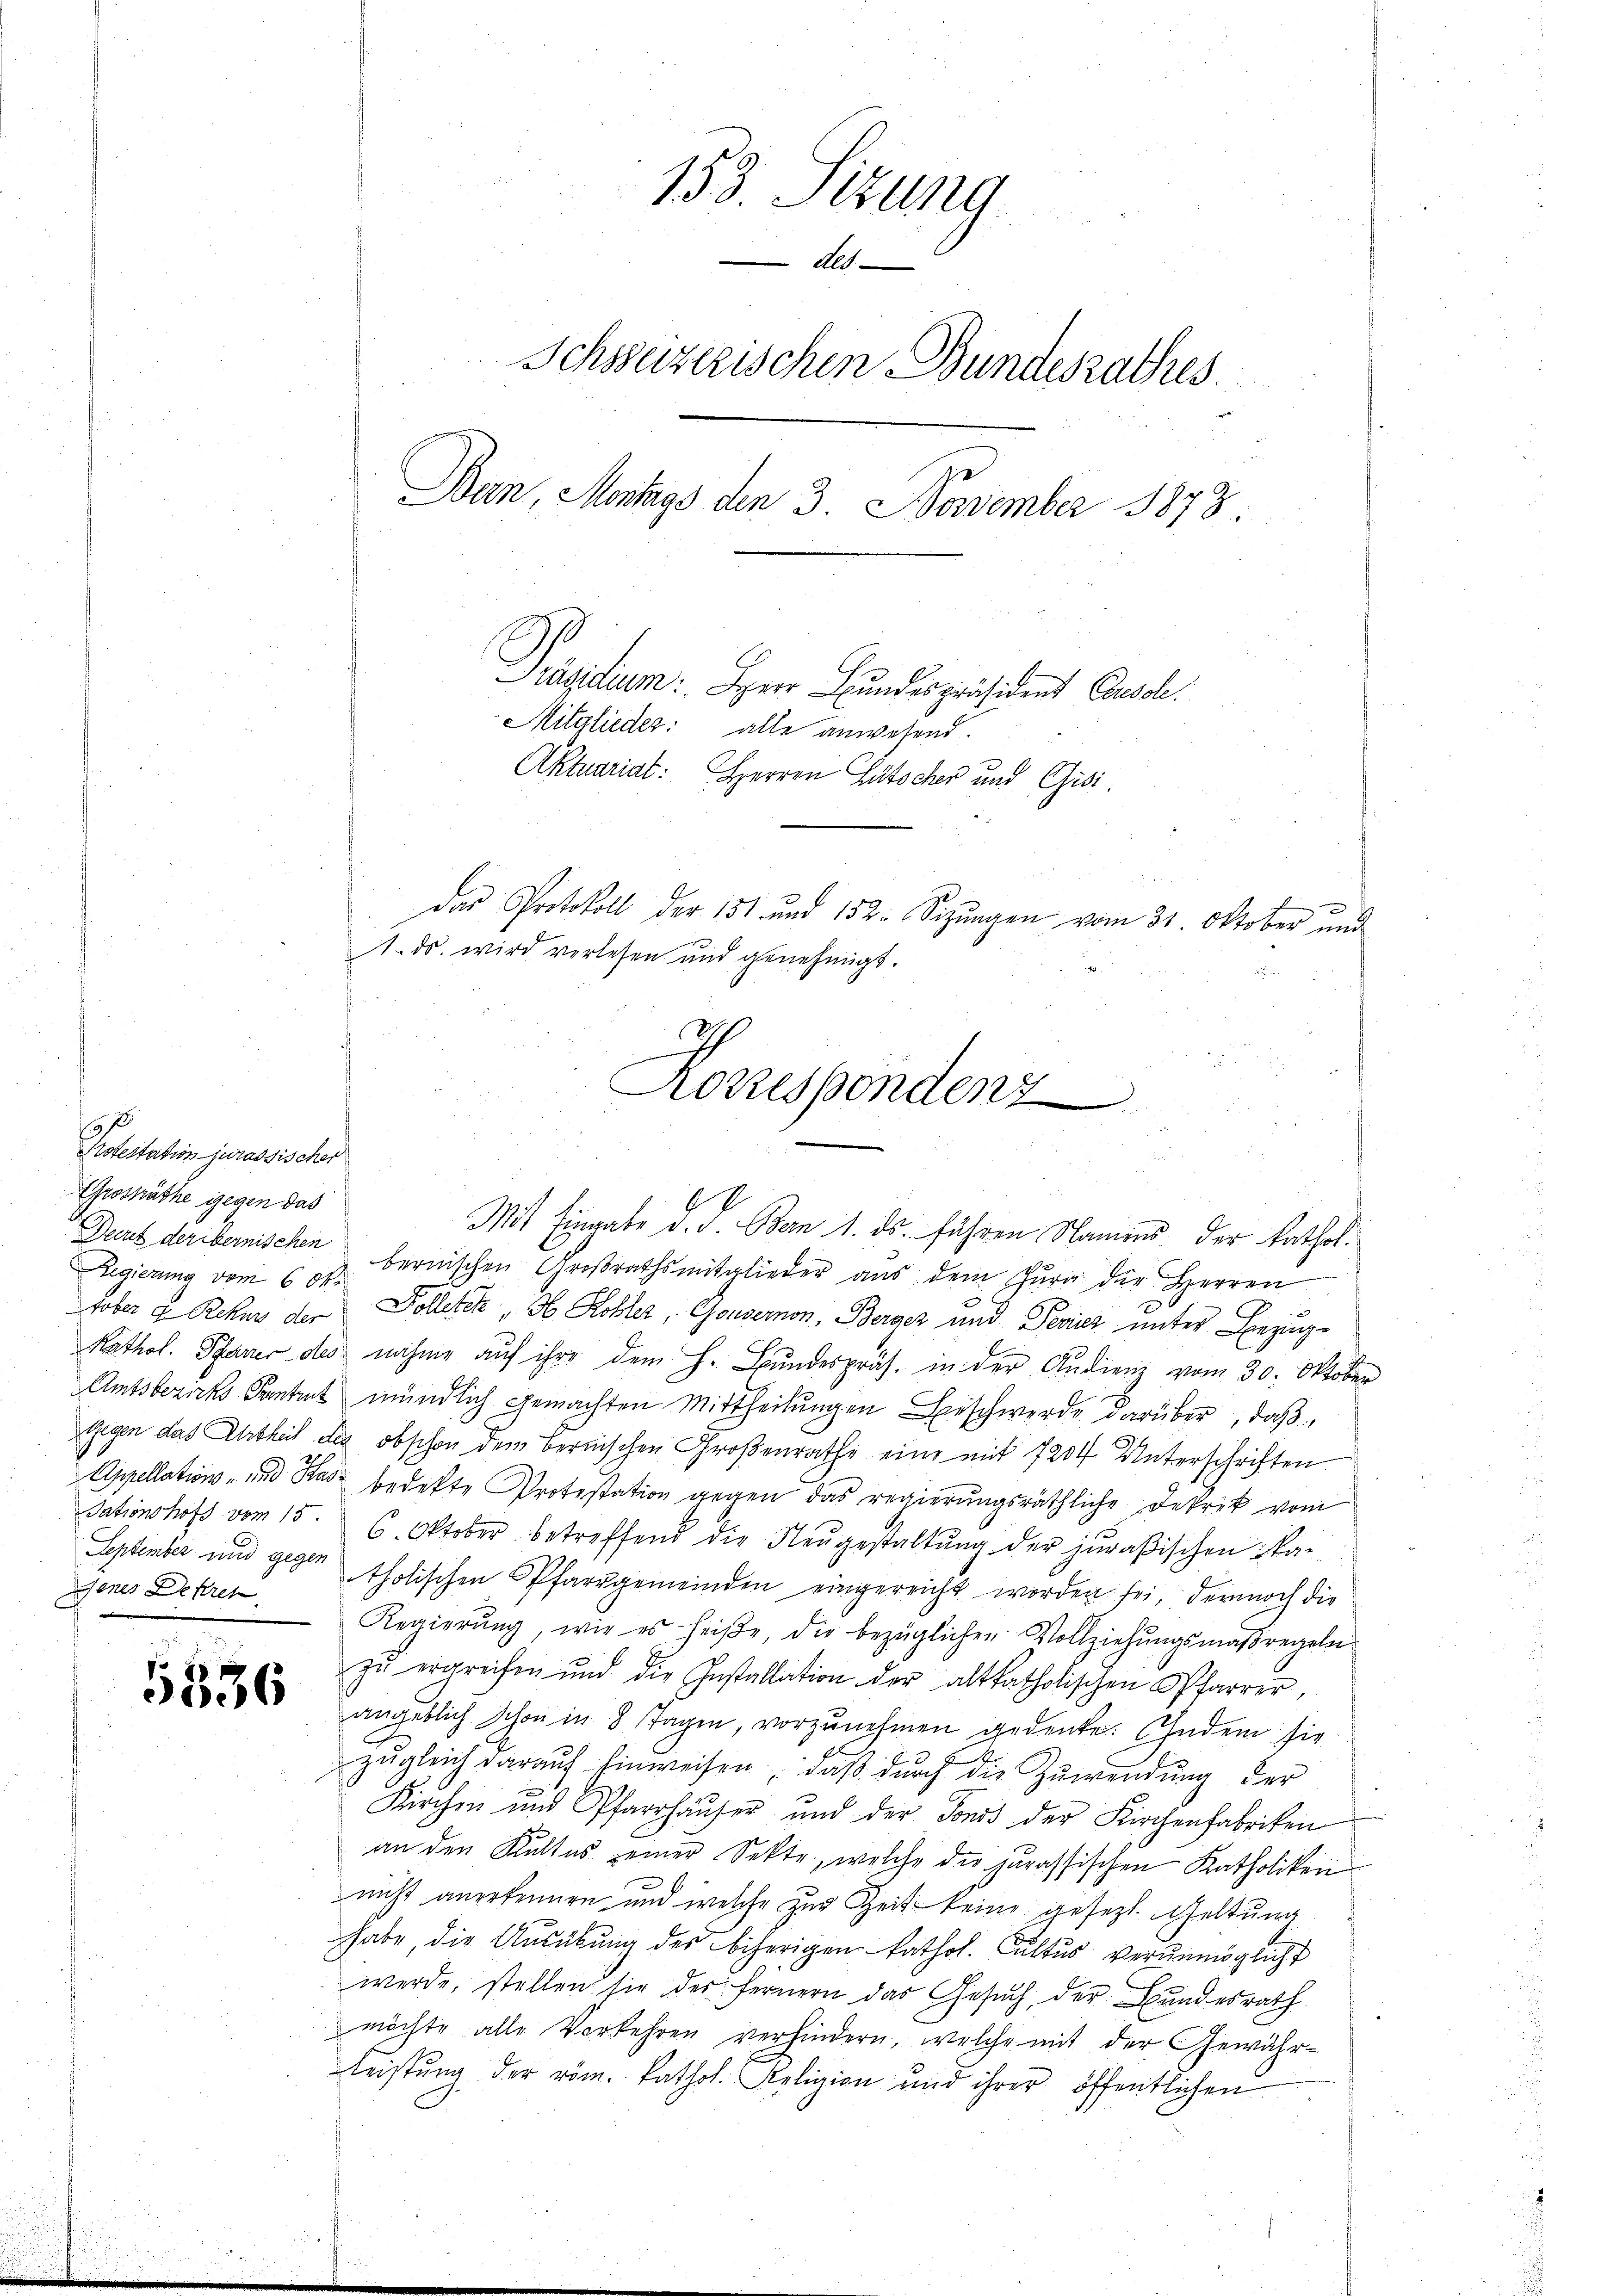
f
Protestation jurassischer
Grossräthe gegen das

Denes Dekret

153. Sizung
des
Schsuzerischen Bundesrathes
Bern, Montags den 3. November 1873
Präsidium: Herr Bundespräsident Console.
Mitglieder: alle anwesend.
Aktuariat: Herren Gütscher und Gisi¬
.
das Protokoll der 151 und 152. Sizungen vom 31. Oktober und
1. ds. wird verlesen und genehmigt.

Mit Eingabe d. d. Bern 1. ds. führen Namens der kathol.
Durt der bernischen bernischen Großrathsmitglieder aus dem Jura der Herren
Regierung vom 6. Oksober u Rekurs der Folletet, ob Kobler, Gouvernon, Berger und Pevics unter Bezug¬
Kathol. Planer des nahme auf ihre dem H. Bundespräs. in der Audienz vom 30. Oktober
Amtsberichs Sankt mündlich gemachten Mittheilungen Beschwerde darüber, daß
gegen das Urtheil des obschon dem Bernischen Großenrathe eine mit 7204 Unterschriften
Appellation - und Ras bedekte Protestation gegen das regierungsräthliche Dekret vom
Sationshofs vom 15. 6. Oktober betreffend die Neŭgestaltung der juraßischen Skan-
Septenbei und gegen tholischen Pfarrgemeinden eingereicht worden sei, dennoch die
Regierung, wie es heiße, die bezüglichen Vollziehungsmaßregeln
zŭ ergreifen und die Installation der altkatholischen Pfarrer,
5536
angeblich schon in 8 Tagen, vorzunehmen gedenke. Indem sie
zŭgleich darauf Einweisen, daβ dŭrch die Zuwendŭng der
Kirchen und Pfarrhäŭser und der Fonds der Kirchenfabriken
an den Kultus seiner Sekte, welche die jurassischen Katholiken
nicht anerkennen und welche zur Zeit keine gesezt. Geltung
habe, die Ausübung des biherigen kathol. Cultus verunmögliche
werde, stellen sie der fernern das Gesuch, der Bundesrath
möchte alle Vorkehren verhindern, welche mit der Gewähr-
leistung der röm. kathol. Religion und ihrer öffentlichen

Korrespondenz
4